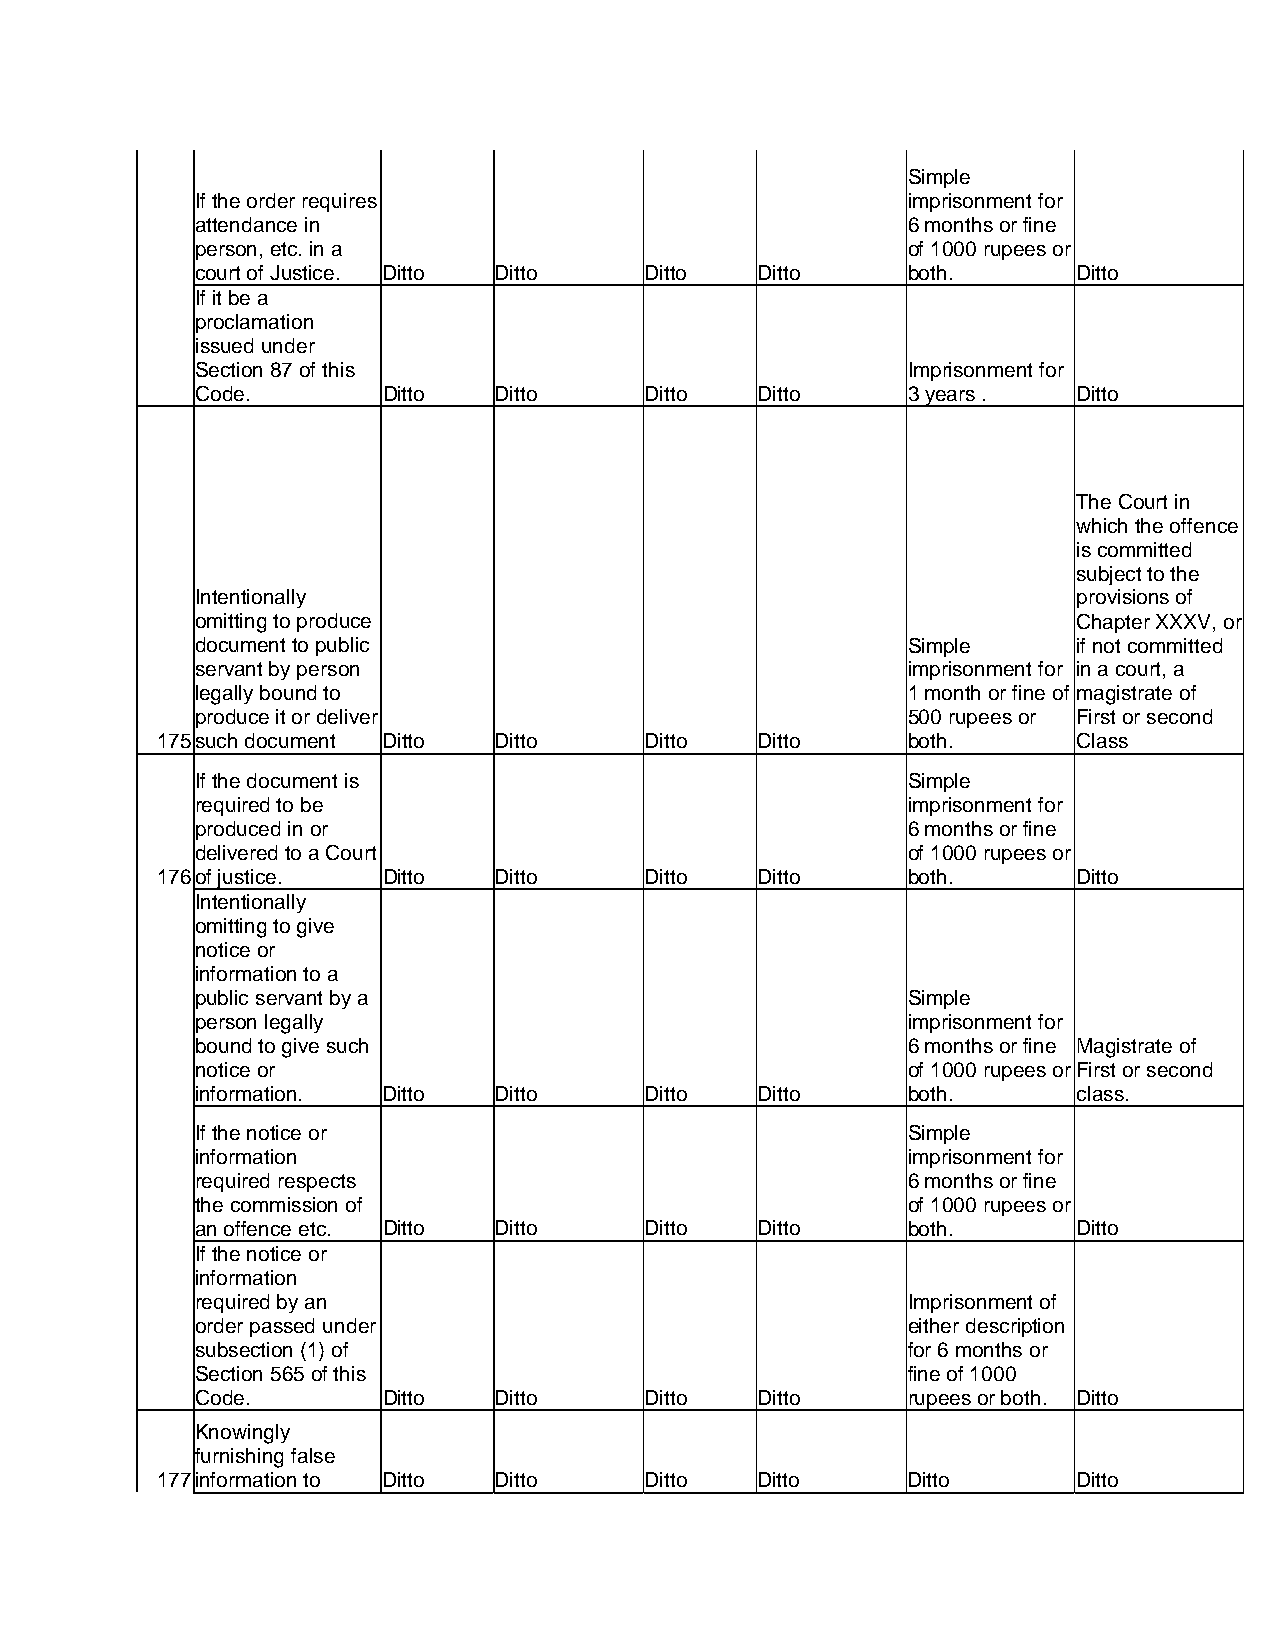
Simple
 If the order requires                          imprisonment for
 attendance in                                  6 months or fine
 person, etc. in a                              of 1000 rupees or
 court of Justice. Ditto Ditto Ditto  Ditto     both.      Ditto
 If it be a
 proclamation
 issued under
 Section 87 of this                             Imprisonment for
 Code.       Ditto   Ditto     Ditto  Ditto     3 years .  Ditto
 The Court in
 which the offence
 is committed
 subject to the
 Intentionally                                             provisions of
 omitting to produce                                       Chapter XXXV, or
 document to public                             Simple     if not committed
 servant by person                              imprisonment for in a court, a
 legally bound to                               1 month or fine of magistrate of
 produce it or deliver                          500 rupees or First or second
 175 such document Ditto Ditto    Ditto  Ditto     both.      Class
 If the document is                             Simple
 required to be                                 imprisonment for
 produced in or                                 6 months or fine
 delivered to a Court                           of 1000 rupees or
 176 of justice. Ditto  Ditto     Ditto  Ditto     both.      Ditto
 Intentionally
 omitting to give
 notice or
 information to a
 public servant by a                            Simple
 person legally                                 imprisonment for
 bound to give such                             6 months or fine Magistrate of
 notice or                                      of 1000 rupees or First or second
 information. Ditto  Ditto     Ditto  Ditto     both.      class.
 If the notice or                               Simple
 information                                    imprisonment for
 required respects                              6 months or fine
 the commission of                              of 1000 rupees or
 an offence etc. Ditto Ditto   Ditto  Ditto     both.      Ditto
 If the notice or
 information
 required by an                                 Imprisonment of
 order passed under                             either description
 subsection (1) of                              for 6 months or
 Section 565 of this                            fine of 1000
 Code.       Ditto   Ditto     Ditto  Ditto     rupees or both. Ditto
 Knowingly
 furnishing false
 177 information to Ditto Ditto   Ditto  Ditto     Ditto      Ditto